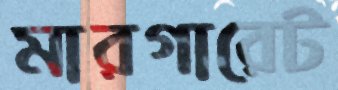
মারগারেট